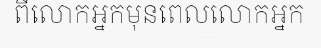
ពីលោកអ្នកមុនពេលលោកអ្នក